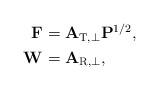
LaTeX: \begin{align*}\begin{aligned}{\bf{F}} &= {{\bf{A}}_{{\rm{T,}} \bot }}{{\bf{P}}^{1/2}},\\{\bf{W}} &= {{\bf{A}}_{{\rm{R,}} \bot }},\end{aligned}\end{align*}